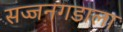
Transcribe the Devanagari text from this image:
सज्जनगडाला